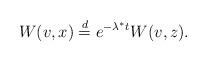
LaTeX: \begin{align*}W(v,x)\stackrel{d}{=}e^{-\lambda^*t}W(v,z).\end{align*}